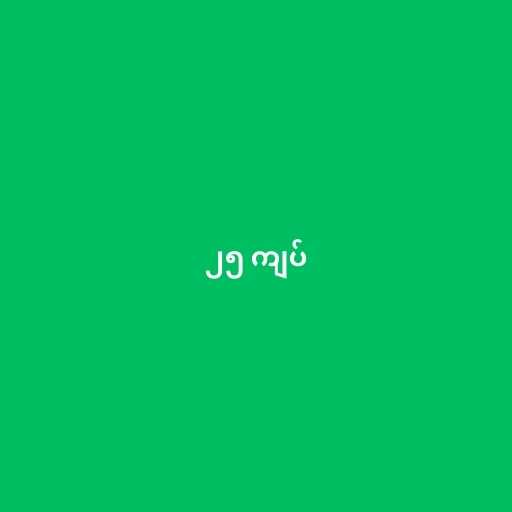
၂၅ ကျပ်